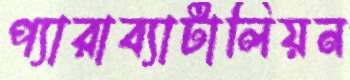
প্যারাব্যাটালিয়ন